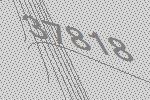
37818